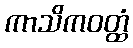
ကာသိကဝတ္ထံ